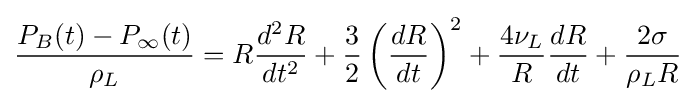
{\frac {P_{B}(t)-P_{\infty }(t)}{\rho _{L}}}=R{\frac {d^{2}R}{dt^{2}}}+{\frac {3}{2}}\left({\frac {dR}{dt}}\right)^{2}+{\frac {4\nu _{L}}{R}}{\frac {dR}{dt}}+{\frac {2\sigma }{\rho _{L}R}}